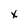
Character: x